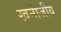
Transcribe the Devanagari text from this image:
खनीजीय